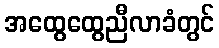
အထွေထွေညီလာခံတွင်